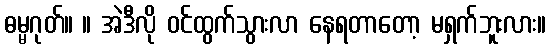
ဓမ္မဂုတ်။ ။ အဲဒီလို ဝင်ထွက်သွားလာ နေရတာတော့ မရှက်ဘူးလား။